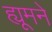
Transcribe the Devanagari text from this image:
ह्यूमने